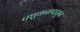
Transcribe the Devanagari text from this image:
पशुधनापासून